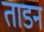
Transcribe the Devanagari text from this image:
ताडन